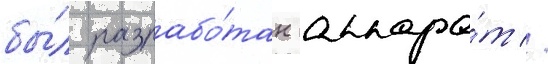
бы́л разрабо́тан аппара́т //